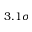
3 . 1 \sigma